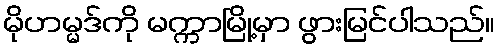
မိုဟမ္မဒ်ကို မက္ကာမြို့မှာ ဖွားမြင်ပါသည်။